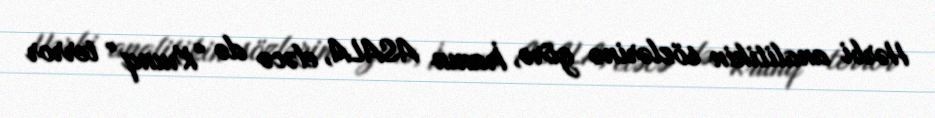
Hərbi analitikin sözlərinə görə, İranın ASALA, eləcə də “Krunq” terror